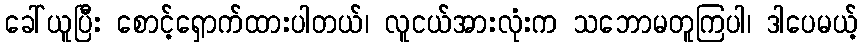
ခေါ်ယူပြီး စောင့်ရှောက်ထားပါတယ်၊ လူငယ်အားလုံးက သဘောမတူကြပါ၊ ဒါပေမယ့်